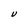
Character: V